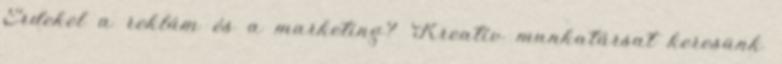
Érdekel a reklám és a marketing? Kreatív munkatársat keresünk